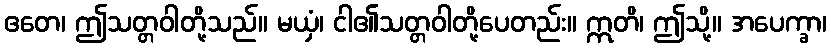
ဧတေ၊ ဤသတ္တဝါတို့သည်။ မယှံ၊ ငါ၏သတ္တဝါတို့ပေတည်း။ ဣတိ၊ ဤသို့။ အပေက္ခာ၊